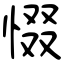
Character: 惙